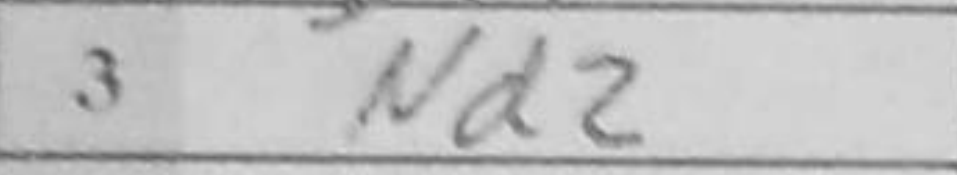
Transcription: Nd2